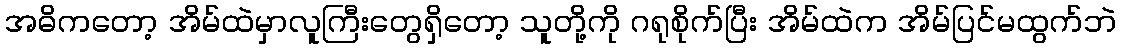
အဓိကတော့ အိမ်ထဲမှာလူကြီးတွေရှိတော့ သူတို့ကို ဂရုစိုက်ပြီး အိမ်ထဲက အိမ်ပြင်မထွက်ဘဲ